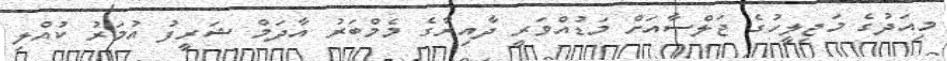
މިއަދުގެ މަޖިލީހުގެ ޖަލްސާއަށް މަޑުއްވަރީ ދާއިރާގެ މެމްބަރު އާދަމް ޝަރީފު އުމަރު ކުއްލި